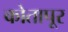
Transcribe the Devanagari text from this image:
कोतापूर